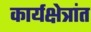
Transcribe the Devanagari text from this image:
कार्यक्षेत्रांत